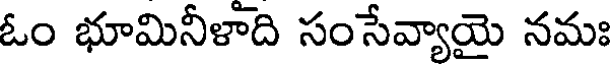
ఓం భూమినీళాది సంసేవ్యాయై నమః